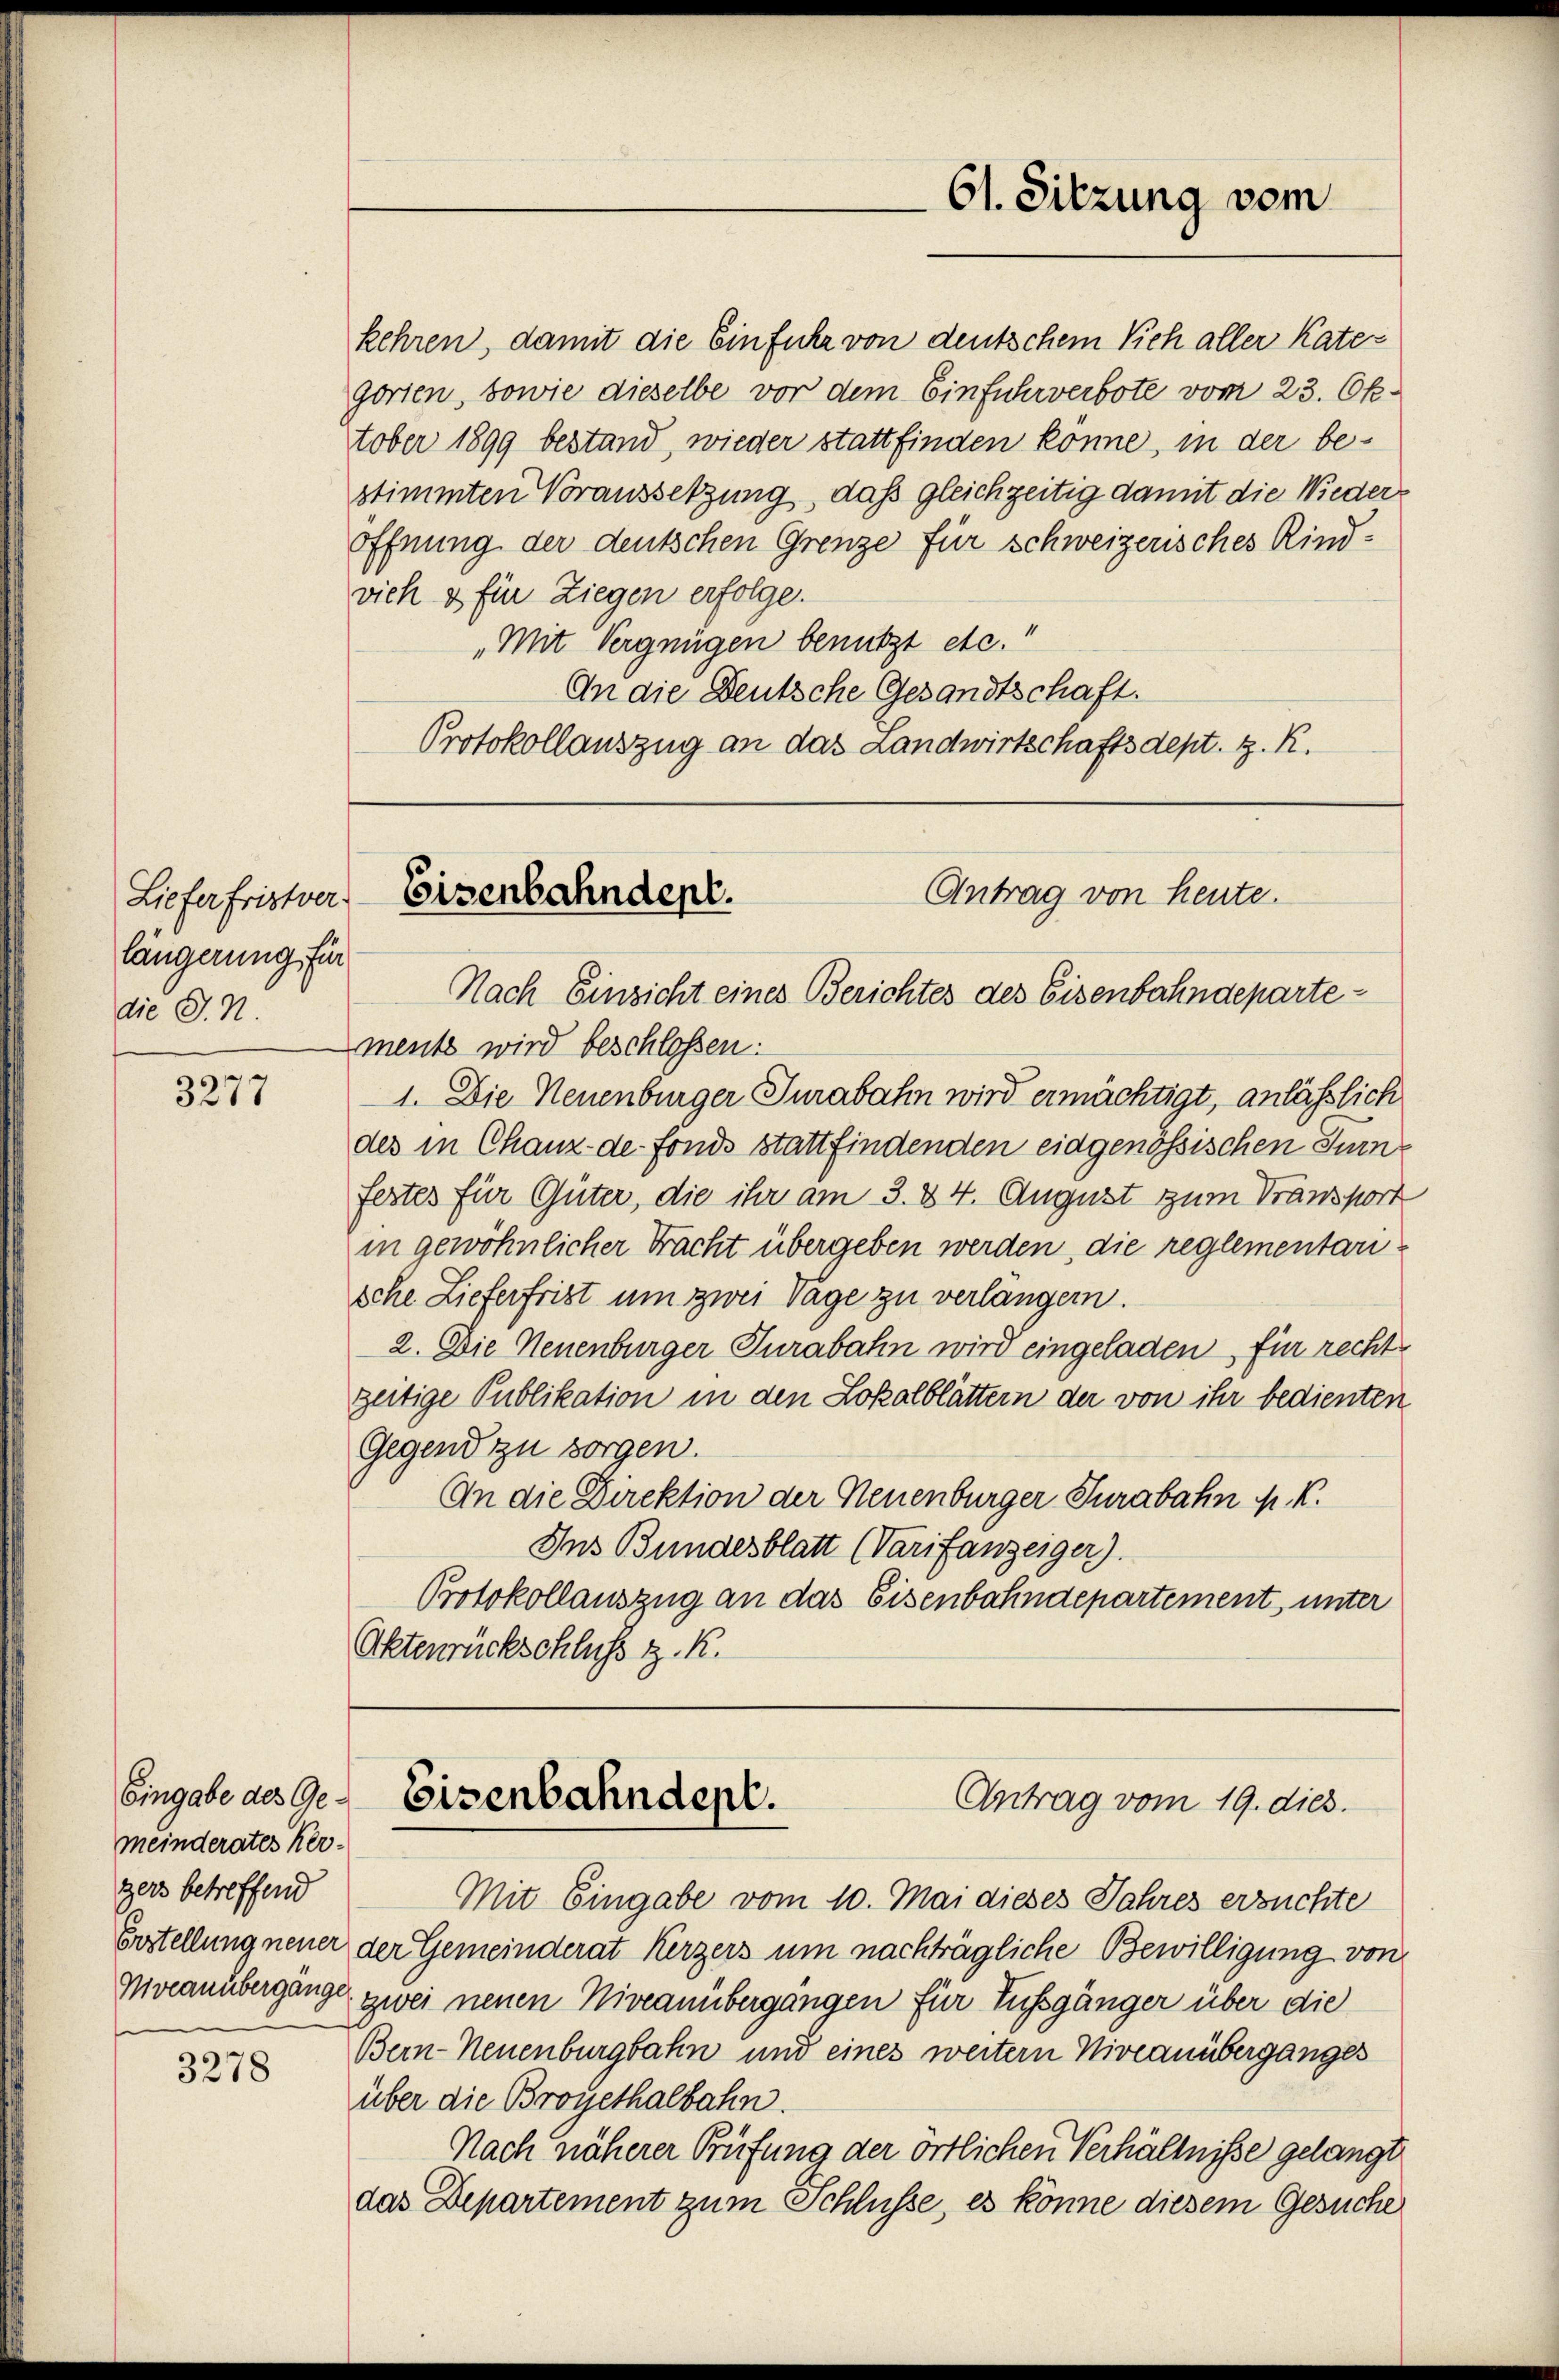
Liefer fristver
längerung für
die G. N.

3277

Eingabe des Gemeinderates her-
gers betreffend
Niveanübergänge

3278

kehren, damit die Einfuhr von deutschem Vich aller Kater
gorien, sowie dieselbe vor dem Einfuhrverbote vom 23. Ok-
tober 1899 bestand, wieder stattfinden könne, in der bestimmten Voraussetzung, daß gleichzeitig damit die Wieder¬
Öffnung der deutschen Grenze für schweizerisches Rindvich & für Ziegen erfolge.
„Mit Vergnügen benützt etc.
An die Deutsche Gesandtschaft.
Protokollauszug an das Landwirtschaftsdept. z. R.

Nach Einsicht eines Berichtes des Eisenbahndepartements wird beschlossen:
1. Die Neuenburger Jurabahn wird ermächtigt, anläßlich
des in Chanz-de-Fonds stattfindenden eidgenössischen Turne
festes für Güter, die ihr am 3. 84. August zum Transport
in gewöhnlicher Tracht übergeben werden, die reglementarische Lieferfrist um zwei Tage zu verlängern.
2. Die Neuenburger Turabahn wird eingeladen, für recht
zeitige Publikation in den Lokalblättern der von ihr bedienten
Gegend zu sorgen.
An die Direktion der Neuenburger Turabahn p. K.
Ins Bundesblatt (Varifanzeiger).
Protokollauszug an das Eisenbahndepartement, unter
Aktenrückschluss z. K.

61. Sitzung vom

Eisenbahndept.
Antrag von heute.

Eisenbahndept.
Antrag vom 19. dies

Mit Eingabe vom 10. Mai dieses Jahres ersuchte
Erstellung neuer der Gemeinderat Kerzers um nachträgliche Bewilligung von
zwei neuen Niveanübergängen für Fussgänger über die
Bern-Neuenburgbahn und eines weitern Niveauüberganges
über die Broyethalbahn.
Nach näherer Prüfung der örtlichen Verhältniße gelangt
das Departement zum Schlüsse, es könne diesem Gesuche